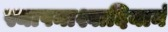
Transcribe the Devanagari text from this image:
स्थापनाश्वादियानं